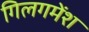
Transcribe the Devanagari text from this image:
गिलगमेंश